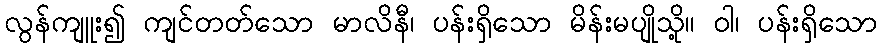
လွန်ကျူး၍ ကျင်တတ်သော မာလိနီ၊ ပန်းရှိသော မိန်းမပျိုသို့။ ဝါ၊ ပန်းရှိသော